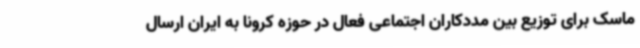
ماسک برای توزیع بین مددکاران اجتماعی فعال در حوزه کرونا به ایران ارسال